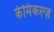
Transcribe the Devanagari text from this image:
केमिकल्ज़